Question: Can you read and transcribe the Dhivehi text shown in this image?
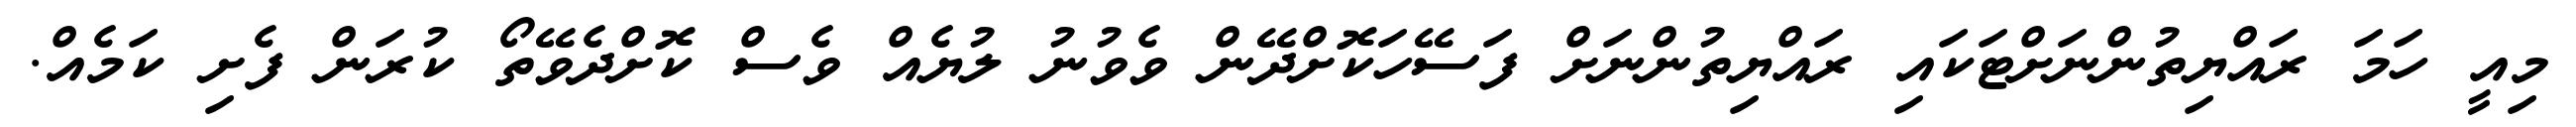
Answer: މިއީ ހަމަ ރައްޔިތުންނަށްޓަކައި ރައްޔިތުންނަށް ފަސޭހަކޮށްދޭން ވެވުނު ލުޔެއް ވެސް ކޮށްދެވޭތޯ ކުރަން ފެށި ކަމެއް.